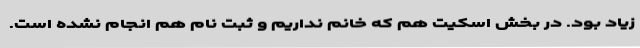
زیاد بود. در بخش اسکیت هم که خانم نداریم و ثبت نام هم انجام نشده است.